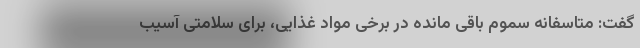
گفت: متاسفانه سموم باقی مانده در برخی مواد غذایی، برای سلامتی آسیب